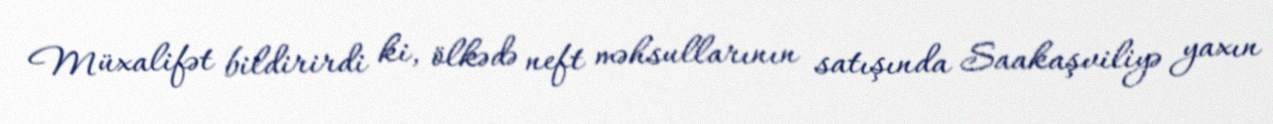
Müxalifət bildirirdi ki, ölkədə neft məhsullarının satışında Saakaşviliyə yaxın